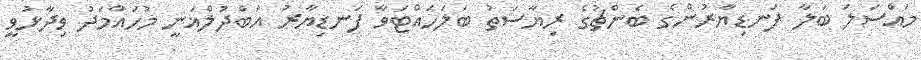
މައްސަލަ ބަލާ ފަނޑިޔާރުންގެ ބެންޗުގެ ރިޔާސަތު ބަލަހައްޓަވާ ފަނޑިޔާރު އަބްދުލްޣަނީ މުހައްމަދު ވިދާޅުވީ